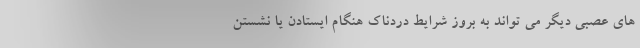
های عصبی دیگر می تواند به بروز شرایط دردناک هنگام ایستادن یا نشستن